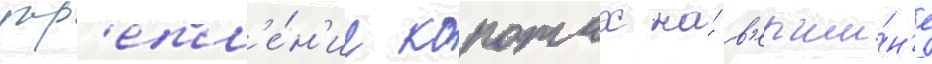
укр'епл'е́н'ие коротах на́ в'ерши́н'е